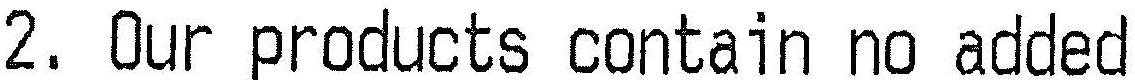
2. OUR PRODUCTS CONTAIN NO ADDED